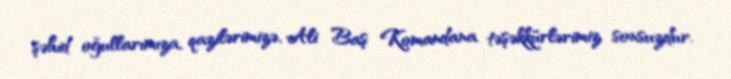
şəhid oğullarımıza, qazilərimizə, Ali Baş Komandana təşəkkürlərimiz sonsuzdur.